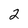
Character: 2